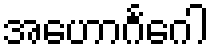
အဟောဂင်္ဂေါ